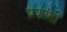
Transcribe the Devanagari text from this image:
प्रशांती